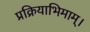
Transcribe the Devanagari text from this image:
प्रक्रियाभिमाम्।